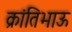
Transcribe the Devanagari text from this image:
क्रांतिभाऊ